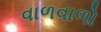
વાળવાળો